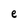
Character: e